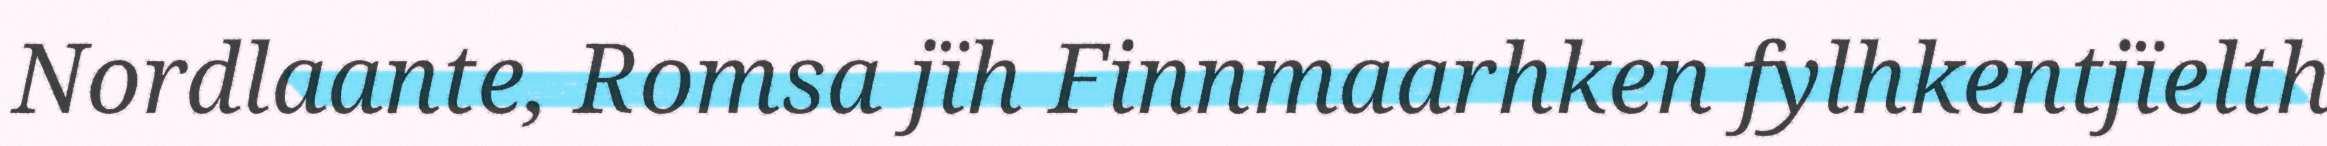
Nordlaante, Romsa jïh Finnmaarhken fylhkentjïelth